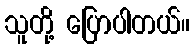
သူတို့ ပြောပါတယ်။